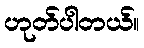
ဟုတ်ပါတယ်။